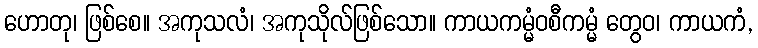
ဟောတု၊ ဖြစ်စေ။ အကုသလံ၊ အကုသိုလ်ဖြစ်သော။ ကာယကမ္မံဝစီကမ္မံ တွေဝ၊ ကာယကံ,